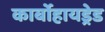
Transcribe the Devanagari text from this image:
कार्बोहायड्रेड